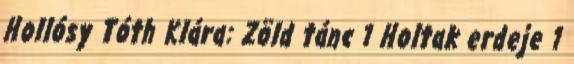
Hollósy Tóth Klára: Zöld tánc 1 Holtak erdeje 1